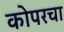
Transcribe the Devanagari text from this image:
कोपरचा